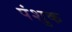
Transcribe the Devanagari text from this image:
पंशुक